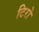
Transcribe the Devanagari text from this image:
टिरो